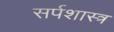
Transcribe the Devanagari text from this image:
सर्पशास्त्र